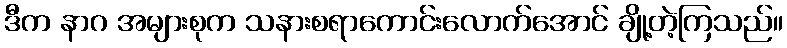
ဒီက နာဂ အများစုက သနားစရာကောင်းလောက်အောင် ချို့တဲ့ကြသည်။